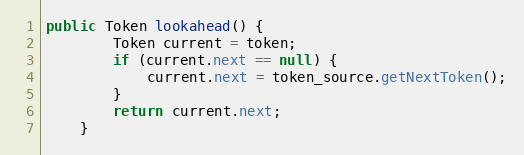
Language: Java
public Token lookahead() {
        Token current = token;
        if (current.next == null) {
            current.next = token_source.getNextToken();
        }
        return current.next;
    }